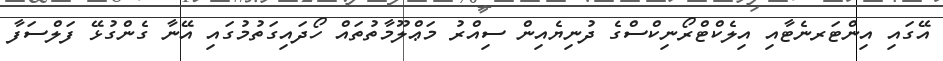
އޭގައި އިންޓަރނެޓާއި އިލެކްޓްރޯނިކްސްގެ ދުނިޔެއިން ސިއްރު މަޢްލޫމާތުތައް ހޯދައިގަތުމުގައި އޭނާ ގެންގުޅޭ ފަލްސަފާ